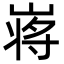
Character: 𡺃